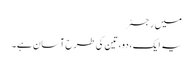
میں رجسٹر
یہ ایک، دو، تین کی طرح آسان ہے۔